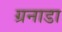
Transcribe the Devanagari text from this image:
ग्रनाडा